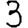
Digit: 3